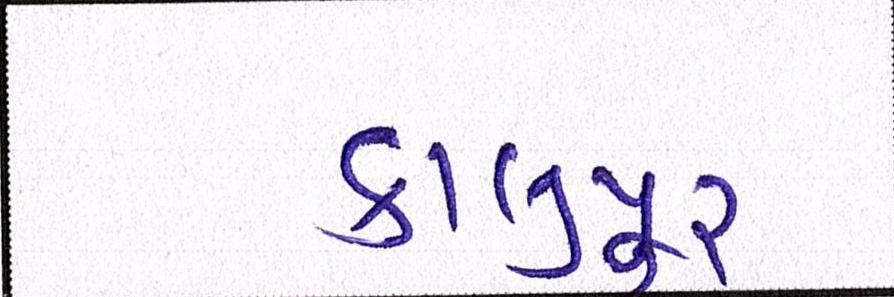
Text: કાલુપુર